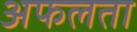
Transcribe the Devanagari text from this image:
अफलता